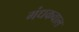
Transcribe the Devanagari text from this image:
गंधकवाल